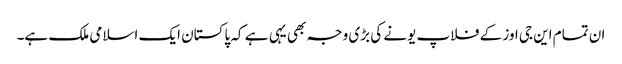
ان تمام این جی اوز کے فلاپ یونے کی بڑی وجہ بھی یہی ہے کہ پاکستان ایک اسلامی ملک ہے۔